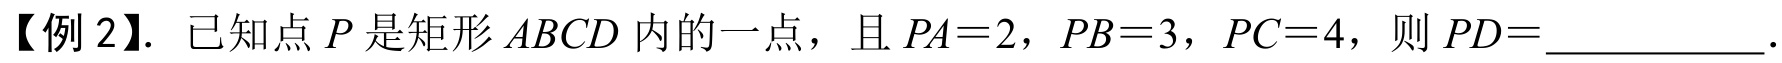
【例 2】. 已知点\(P\)是矩形\(ABCD\)内的一点，且\(PA = 2\)，\(PB = 3\)，\(PC = 4\)，则\(PD=\)__________.